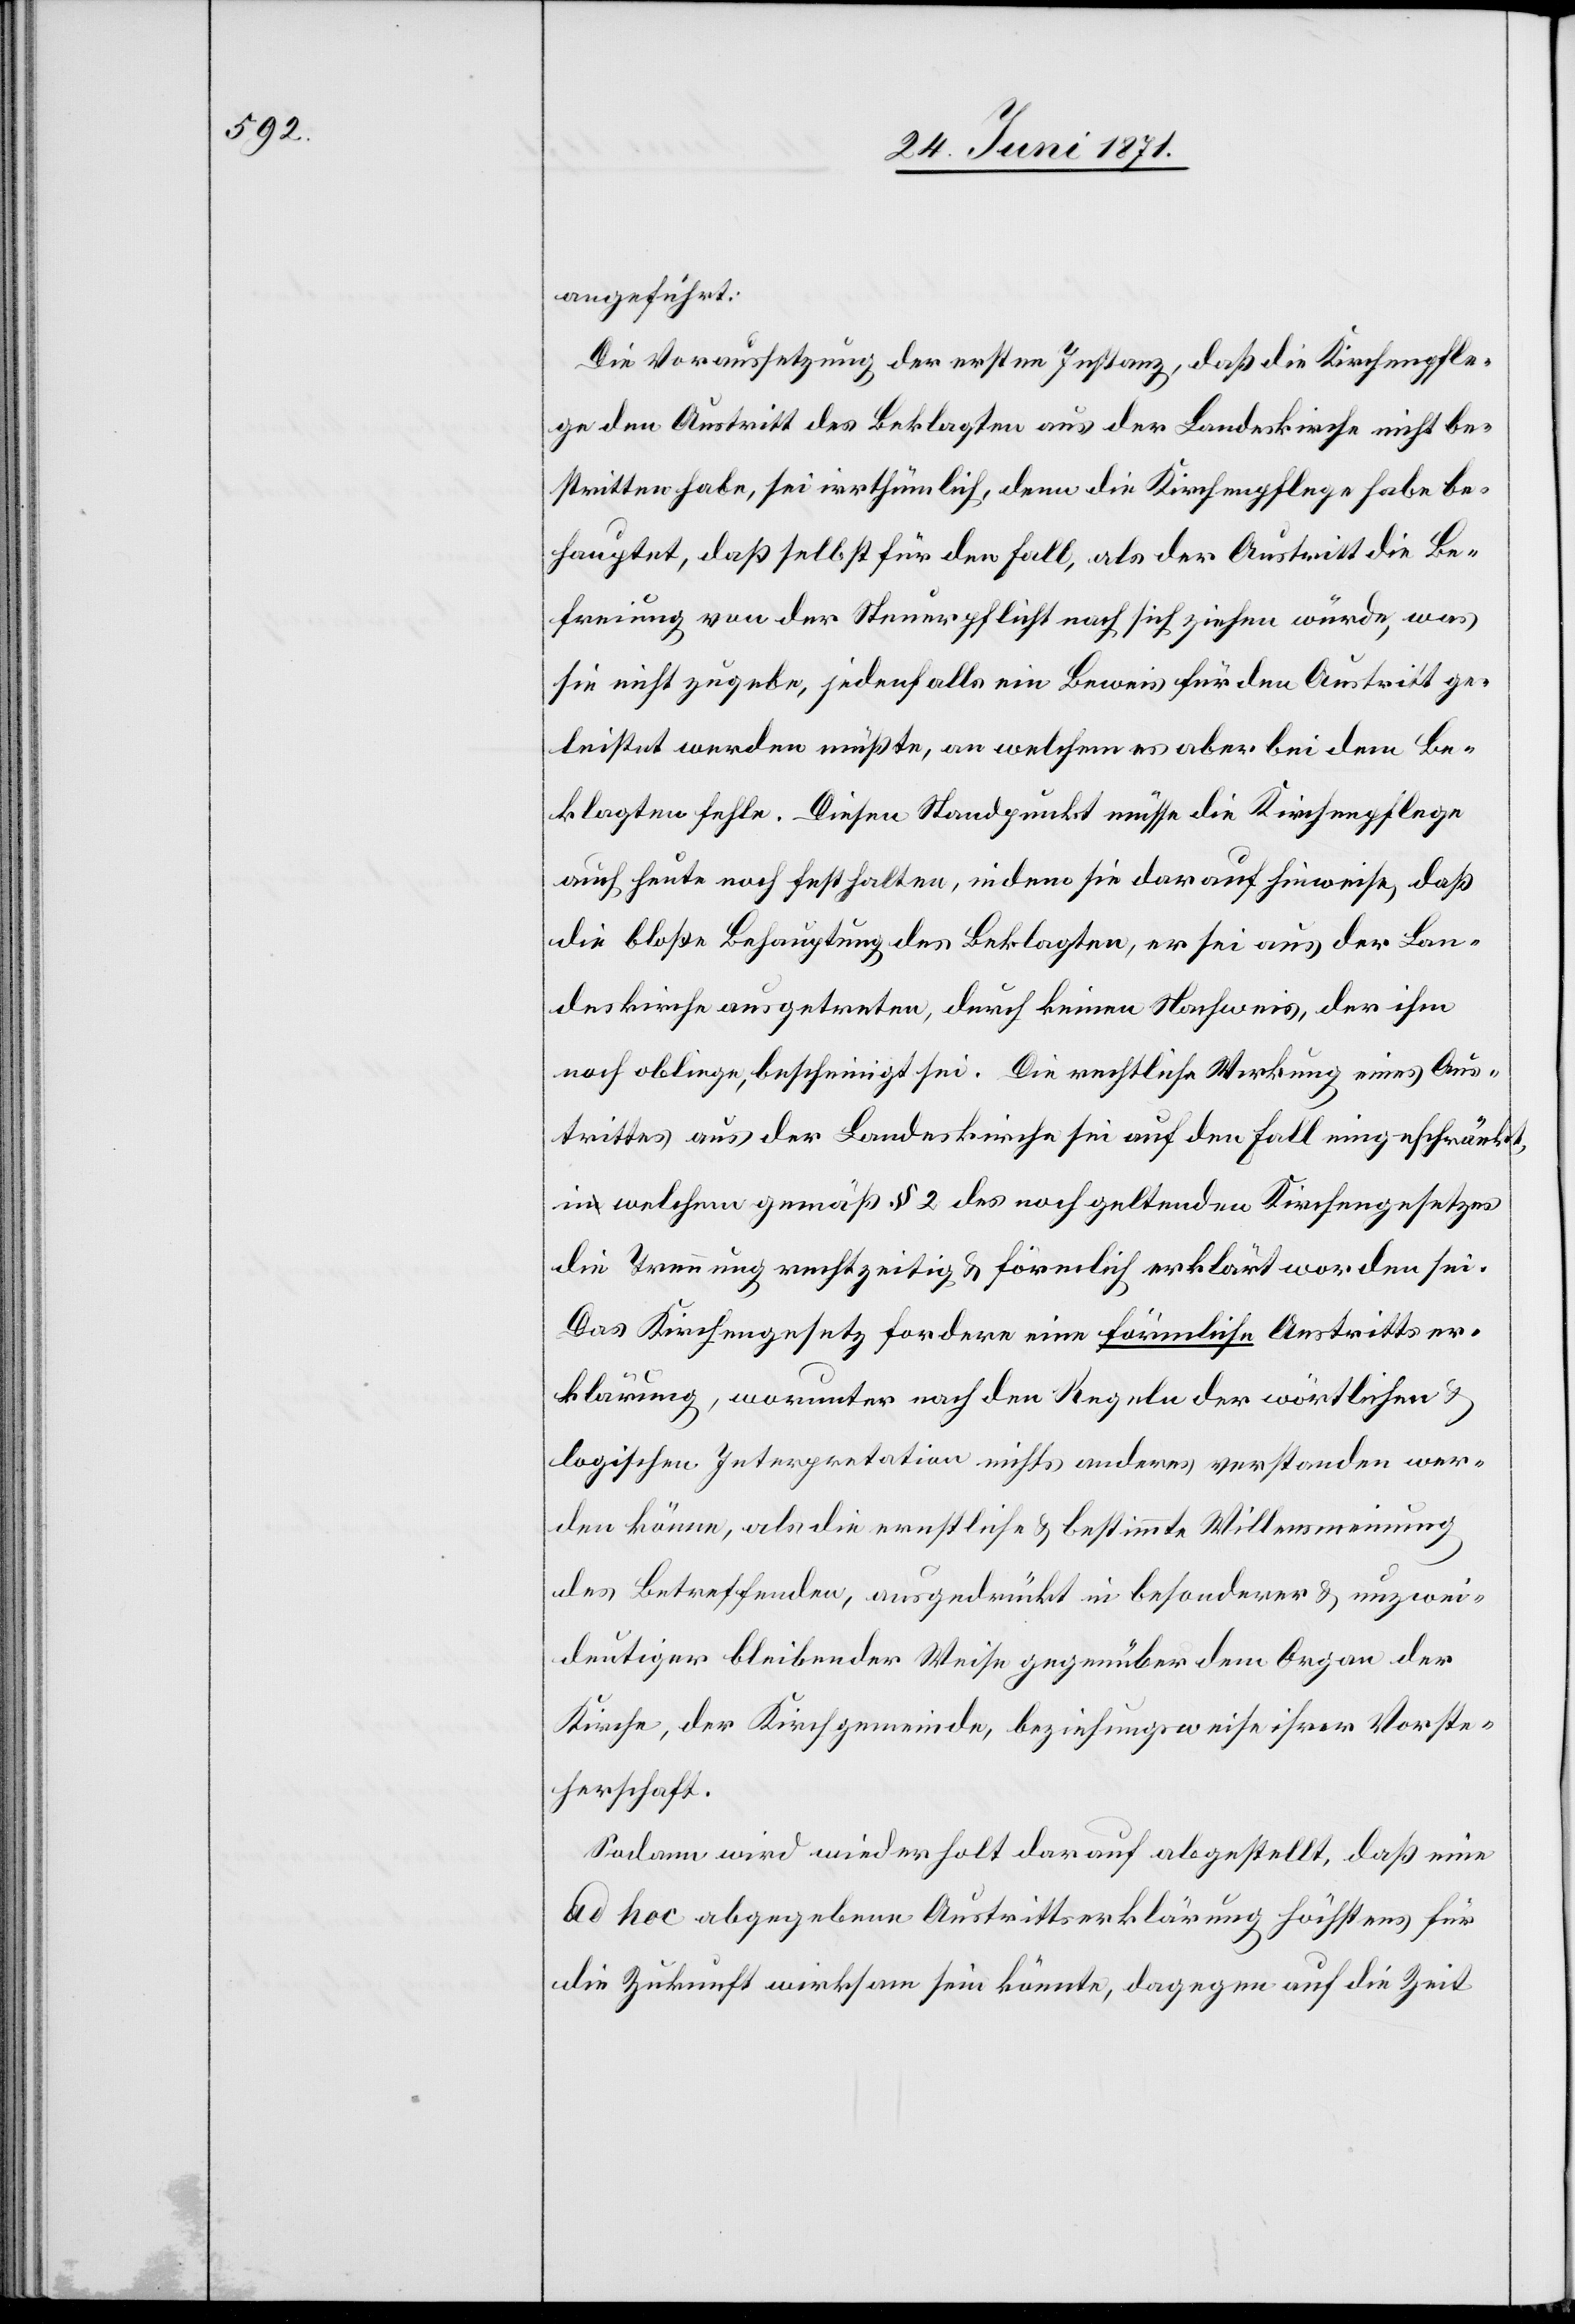
angeführt:
Die Voraussetzung der ersten Instanz, daß die Kirchenpfle¬
ge den Austritt des Beklagten aus der Landeskirche nicht be¬
stritten habe, sei irrthümlich, denn die Kirchenpflege habe be¬
hauptet, daß selbst für den Fall, als der Austritt die Be¬
freiung von der Steuerpflicht nach sich ziehen würde, was
sie nicht zugebe, jedenfalls ein Beweis für den Austritt ge¬
leistet werden müßte, an welchem es aber bei dem Be¬
klagten fehle. Diesen Standpunkt müsse die Kirchenpflege
auch heute noch festhalten, indem sie darauf hinweise, daß
die bloße Behauptung des Beklagten, er sei aus der Lan¬
deskirche ausgetreten, durch keinen Nachweis, der ihm
noch obliege, bescheinigt sei. Die rechtliche Wirkung eines Aus¬
trittes aus der Landeskirche sei auf den Fall eingeschränkt,
in welchem gemäß § 2 des noch geltenden Kirchengesetzes
die Trennung rechtzeitig u. förmlich erklärt worden sei.
Das Kirchengesetz fordere eine förmliche Austrittser¬
klärung, worunter nach den Regeln der wörtlichen u.
logischen Interpretation nichts anderes verstanden wer¬
den könne, als die ernstliche u. bestimmte Willensmeinung
des Betreffenden, ausgedrückt in besonderer u. unzwei¬
deutiger bleibender Weise gegenüber dem Organ der
Kirche, der Kirchgemeinde, beziehungsweise ihrer Vorste¬
herschaft.
Sodann wird wiederholt darauf abgestellt, daß eine
ad hoc abgegebene Austrittserklärung höchstens für
die Zukunft wirksam sein könnte, dagegen auf die Zeit